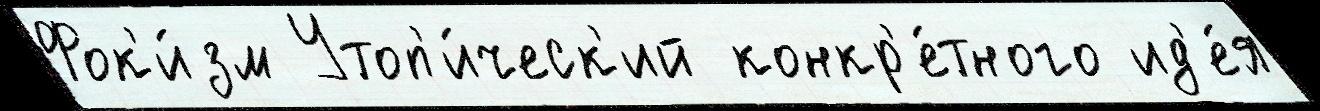
Фок'и́зм Утоп'и́ческ'ий конкр'е́тного ид'е́я